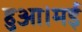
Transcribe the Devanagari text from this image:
हुआ।मई